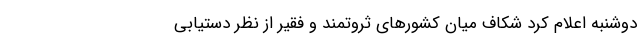
دوشنبه اعلام کرد شکاف میان کشور‌های ثروتمند و فقیر از نظر دستیابی